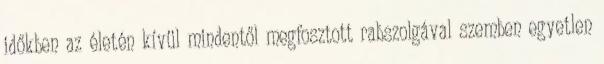
időkben az életén kívül mindentől megfosztott rabszolgával szemben egyetlen